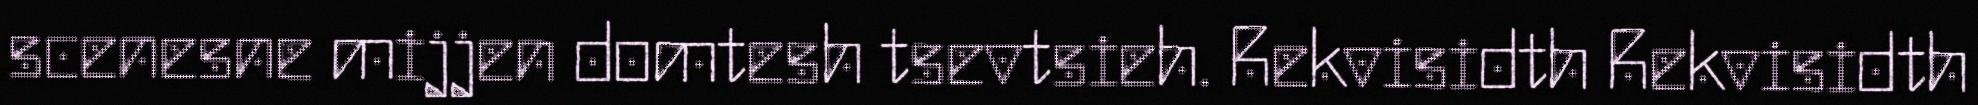
scenesne mijjen domtesh tsevtsieh. Rekvisidth Rekvisidth